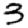
Digit: 3